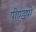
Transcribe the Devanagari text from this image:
पीएंडपी